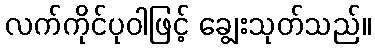
လက်ကိုင်ပုဝါဖြင့် ချွေးသုတ်သည်။